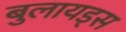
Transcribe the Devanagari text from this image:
बुलायड्स